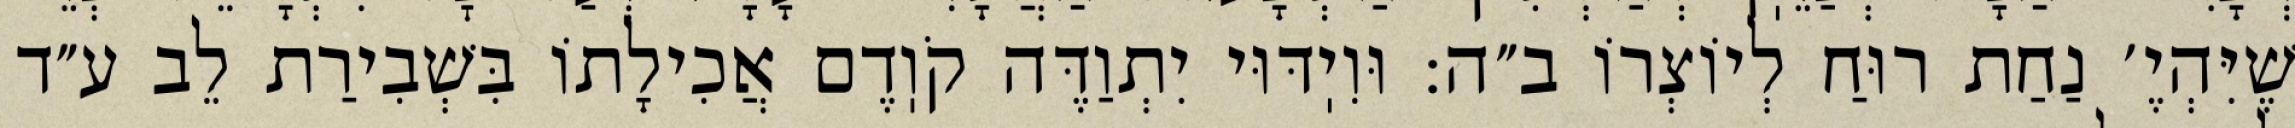
שֶׁיִּהְיֶ׳ נַחַת רוּחַ לְיוֹצְרוֹ ב״ה: וּוִיֽדּוּי יִתְוַדֶּה קֹוֽדֶם אֲכִילָתוֹ בִּשְׁבִירַת לֵב ע״ד